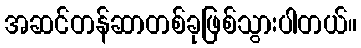
အဆင်တန်ဆာတစ်ခုဖြစ်သွားပါတယ်။